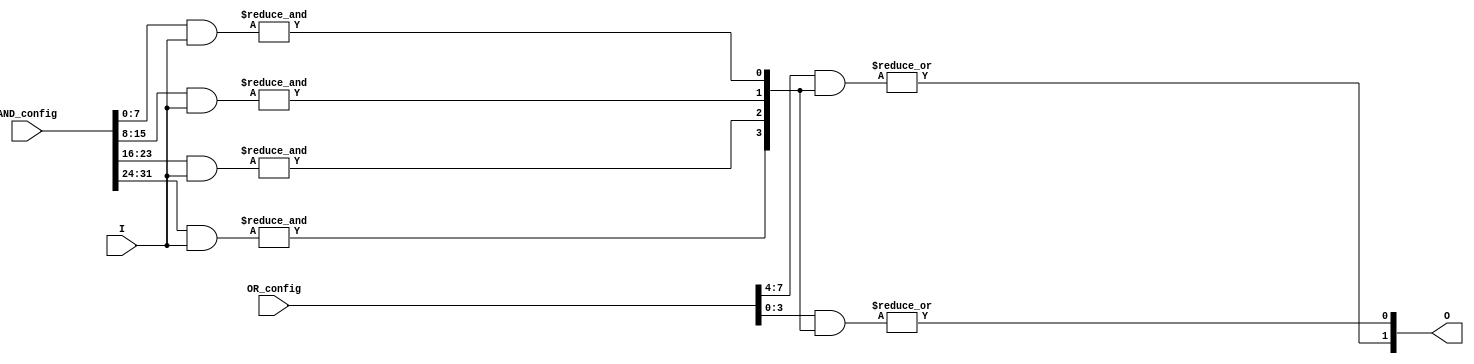
module SPAL #(
    parameter N = 8,  // Number of inputs
    parameter K = 4,  // Number of programmable AND gates
    parameter L = 2   // Number of programmable OR gates
)(
    input  wire [N-1:0] I,              // Input signals
    input  wire [K*N-1:0] AND_config,   // Configuration for AND gates
    input  wire [L*K-1:0] OR_config,     // Configuration for OR gates
    output wire [L-1:0] O                // Output signals
);

    // Intermediate product terms from AND gates
    wire [K-1:0] product_terms;

    // Programmable AND array
    genvar i, j;

    generate
        for (i = 0; i < K; i = i + 1) begin : and_array
            wire [N-1:0] and_inputs;
            assign and_inputs = AND_config[i*N +: N]; // Select inputs for this AND gate
            assign product_terms[i] = &({and_inputs & I}); // AND operation
        end
    endgenerate

    // Programmable OR array
    generate
        for (j = 0; j < L; j = j + 1) begin : or_array
            wire [K-1:0] or_inputs;
            assign or_inputs = OR_config[j*K +: K]; // Select product terms for this OR gate
            assign O[j] = |(or_inputs & product_terms); // OR operation
        end
    endgenerate

endmodule